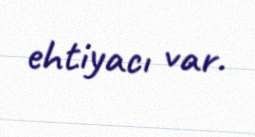
ehtiyacı var.